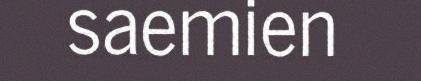
saemien